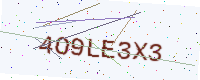
Text: 4O9LE3X3